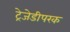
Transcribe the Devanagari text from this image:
ट्रेजेडीपरक